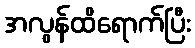
အလွန်ထိရောက်ပြီး